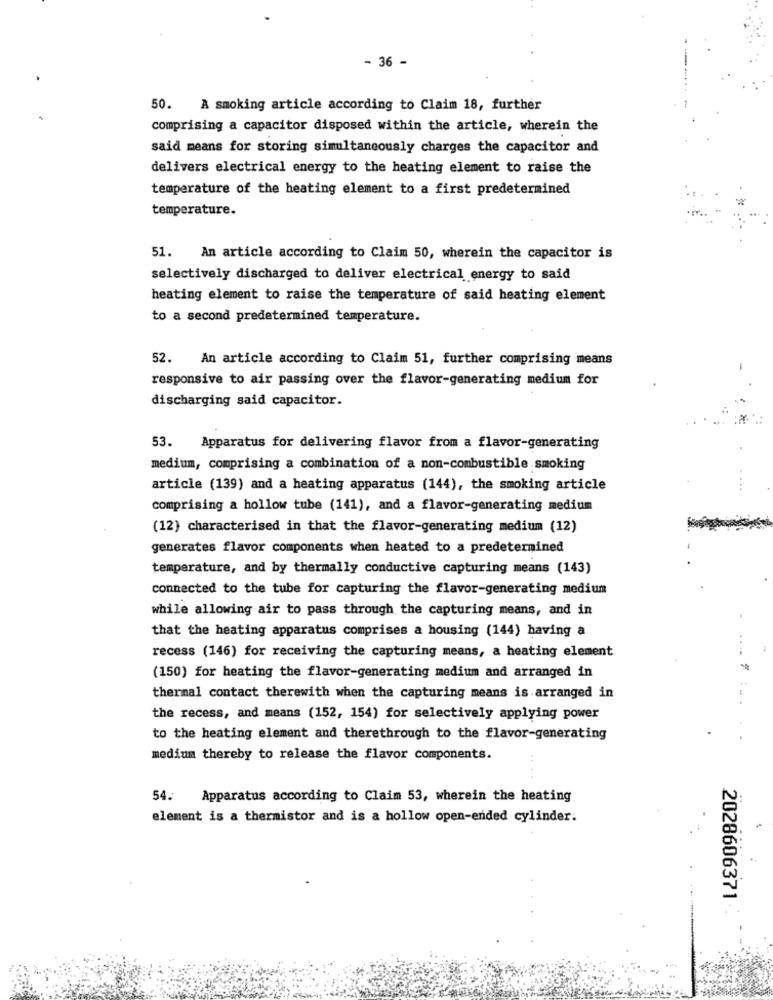
- 36 -
-
50. A smoking article according to Claim 18, further
comprising a capacitor disposed within the article, wherein the
said means for storing simultaneously charges the capacitor and
delivers electrical energy to the heating element to raise the
temperature of the heating element to a first predetermined
temperature.
51. An article according to Claim 50, wherein the capacitor is
selectively discharged to deliver electrical energy to said
heating element to raise the temperature of said heating element
to a second predetermined temperature.
52. An article according to Claim 51, further comprising means
responsive to air passing over the flavor-generating medium for
discharging said capacitor.
53.
Apparatus for delivering flavor from a flavor-generating
medium, comprising a combination of a non-combustible smoking
article (139) and a heating apparatus (144), the smoking article
comprising a hollow tube (141), and a flavor-generating medium
(12) characterised in that the flavor-generating medium (12)
generates flavor components when heated to a predetermined
temperature, and by thermally conductive capturing means (143)
connected to the tube for capturing the flavor-generating medium
while allowing air to pass through the capturing means, and in
that the heating apparatus comprises a housing (144) having a
recess (146) for receiving the capturing means, a heating element
(150) for heating the flavor-generating medium and arranged in
thermal contact therewith when the capturing means is arranged in
the recess, and means (152, 154) for selectively applying power
to the heating element and therethrough to the flavor-generating
medium thereby to release the flavor components.
...
54. Apparatus according to Claim 53, wherein the heating
element is a thermistor and is a hollow open-ended cylinder.
2028606371